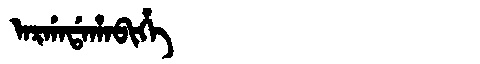
Manchu: ᠠᡵᡤᠠᡩᠠᡥᠠᠪᡳᡥᡝ
Romanization: ARGADAHABIHE